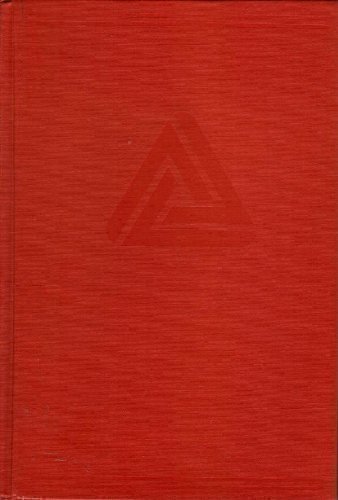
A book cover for Trinity Hymnal: Red Cover Edition; Christian Books & Bibles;